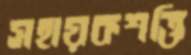
সহায়কশক্তি